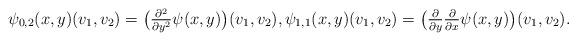
LaTeX: \begin{align*} \psi_{0,2}( x, y )( v_1, v_2 ) = \big( \tfrac{ \partial^2 }{ \partial y^2 } \psi( x, y ) \big)( v_1, v_2 ) , \psi_{ 1, 1 }( x, y )( v_1, v_2 ) = \big( \tfrac{ \partial }{ \partial y } \tfrac{ \partial }{ \partial x } \psi( x, y ) \big)( v_1, v_2 ) .\end{align*}